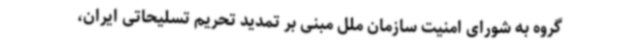
گروه به شورای امنیت سازمان ملل مبنی بر تمدید تحریم تسلیحاتی ایران،